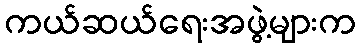
ကယ်ဆယ်ရေးအဖွဲ့များက